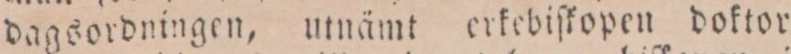
dagsordningen, utnämt erkebiſkopen doktor